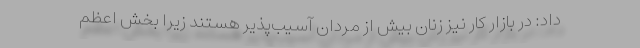
داد: در بازار کار نیز زنان بیش از مردان آسیب‌پذیر هستند زیرا بخش اعظم